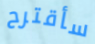
سأقترح